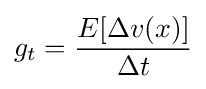
g_{t}={\frac {E[\Delta v(x)]}{\Delta t}}